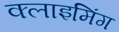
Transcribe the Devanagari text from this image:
क्लाइमिंग